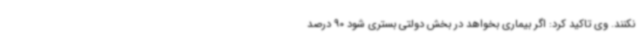
نکنند. وی تاکید کرد: اگر بیماری بخواهد در بخش دولتی بستری شود 90 درصد